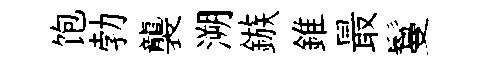
饱勃襲溯鏃錐最鬘